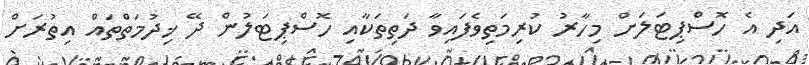
އަދި އެ ހޮސްޕިޓަލަށް މިހާރު ކުރިމަތިވެފައިވާ ދަތިތަކާއި ހޮސްޕިޓަލުން ދޭ ޚިދުމަތްތައް އިތުރަށް